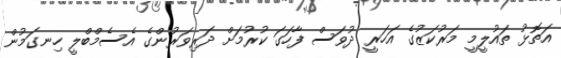
އަތޮޅު ތައުލީމީ މަރުކަޒުގެ އަހަރީ ދުވަސް ފާހަގަ ކުރުމަށް ދަރިވަރުންގެ އެސެމްބްލީ ހިނގަމުން